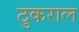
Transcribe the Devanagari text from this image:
ठुकराल